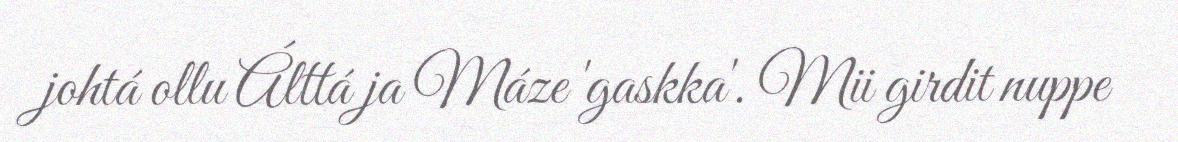
johtá ollu Álttá ja Máze 'gaskka'. Mii girdit nuppe